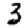
Digit: 3